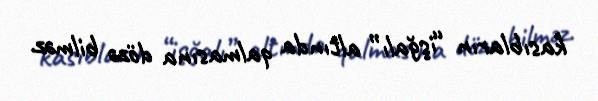
kasıbların “işğalı” altında qalmasına dözə bilməz.